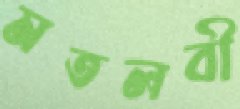
মতলবী